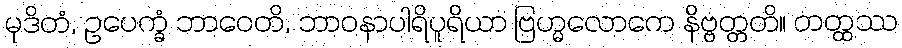
မုဒိတံ, ဥပေက္ခံ ဘာဝေတိ, ဘာဝနာပါရိပူရိယာ ဗြဟ္မလောကေ နိဗ္ဗတ္တတိ။ တတ္ထဿ